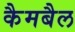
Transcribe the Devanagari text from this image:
कैमबैल